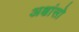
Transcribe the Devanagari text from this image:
अक्षांसो